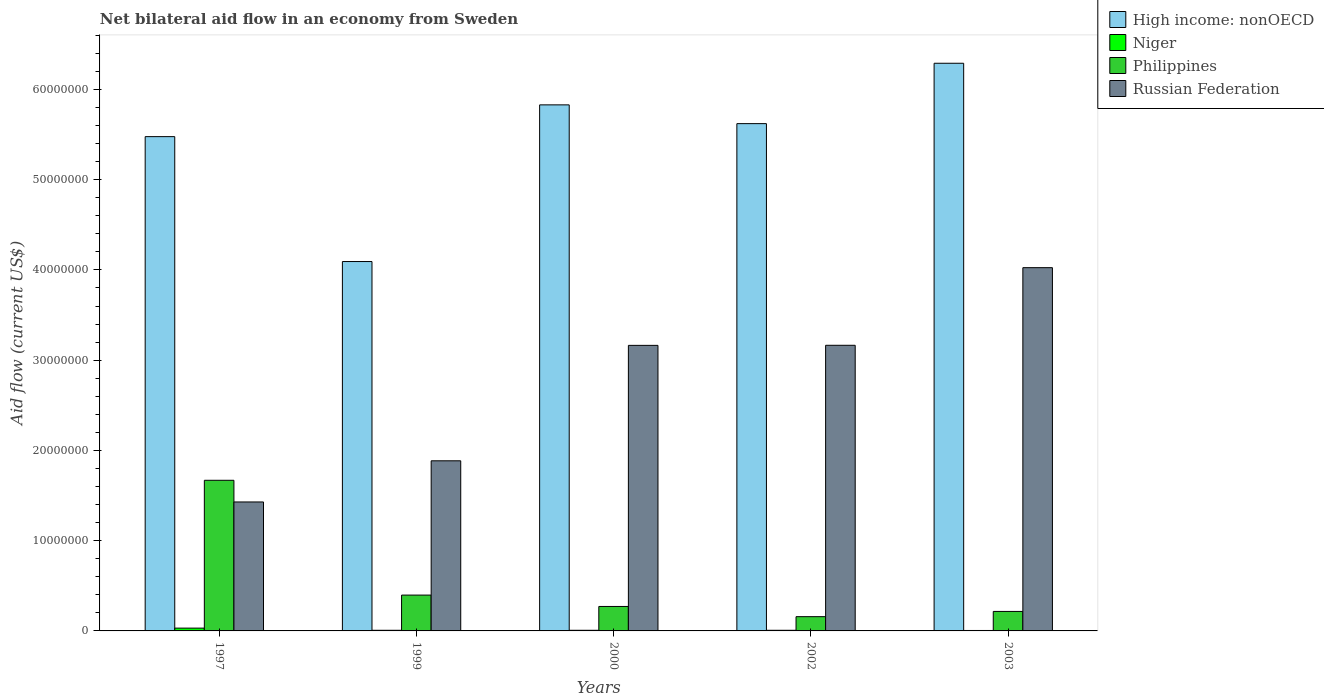
| Years | High income: nonOECD | Niger | Philippines | Russian Federation |
 | --- | --- | --- | --- | --- |
 | 1997 | 5.48e+07 | 3.1e+05 | 1.67e+07 | 1.43e+07 |
 | 1999 | 4.09e+07 | 7e+04 | 3.97e+06 | 1.88e+07 |
 | 2000 | 5.83e+07 | 7e+04 | 2.71e+06 | 3.16e+07 |
 | 2002 | 5.62e+07 | 7e+04 | 1.58e+06 | 3.16e+07 |
 | 2003 | 6.29e+07 | 5e+04 | 2.16e+06 | 4.02e+07 |